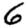
Digit: 6